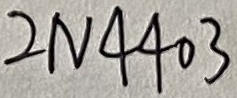
Text: 2N4403